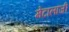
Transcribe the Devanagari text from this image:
मेटालॉजी